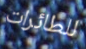
للطائرات